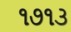
૧૭૧૩